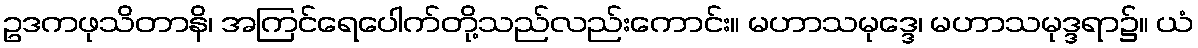
ဥဒကဖုသိတာနိ၊ အကြင်ရေပေါက်တို့သည်လည်းကောင်း။ မဟာသမုဒ္ဒေ၊ မဟာသမုဒ္ဒရာ၌။ ယံ